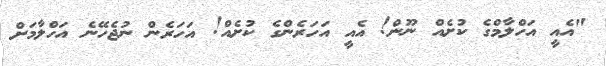
"އެއީ އަހްލާމްގެ ކުށެއް ނޫން! އެއީ އަހަރެންގެ ކުށެއް! އަހަރެން ނުޖެހޭނެ އަހްލާމަށް